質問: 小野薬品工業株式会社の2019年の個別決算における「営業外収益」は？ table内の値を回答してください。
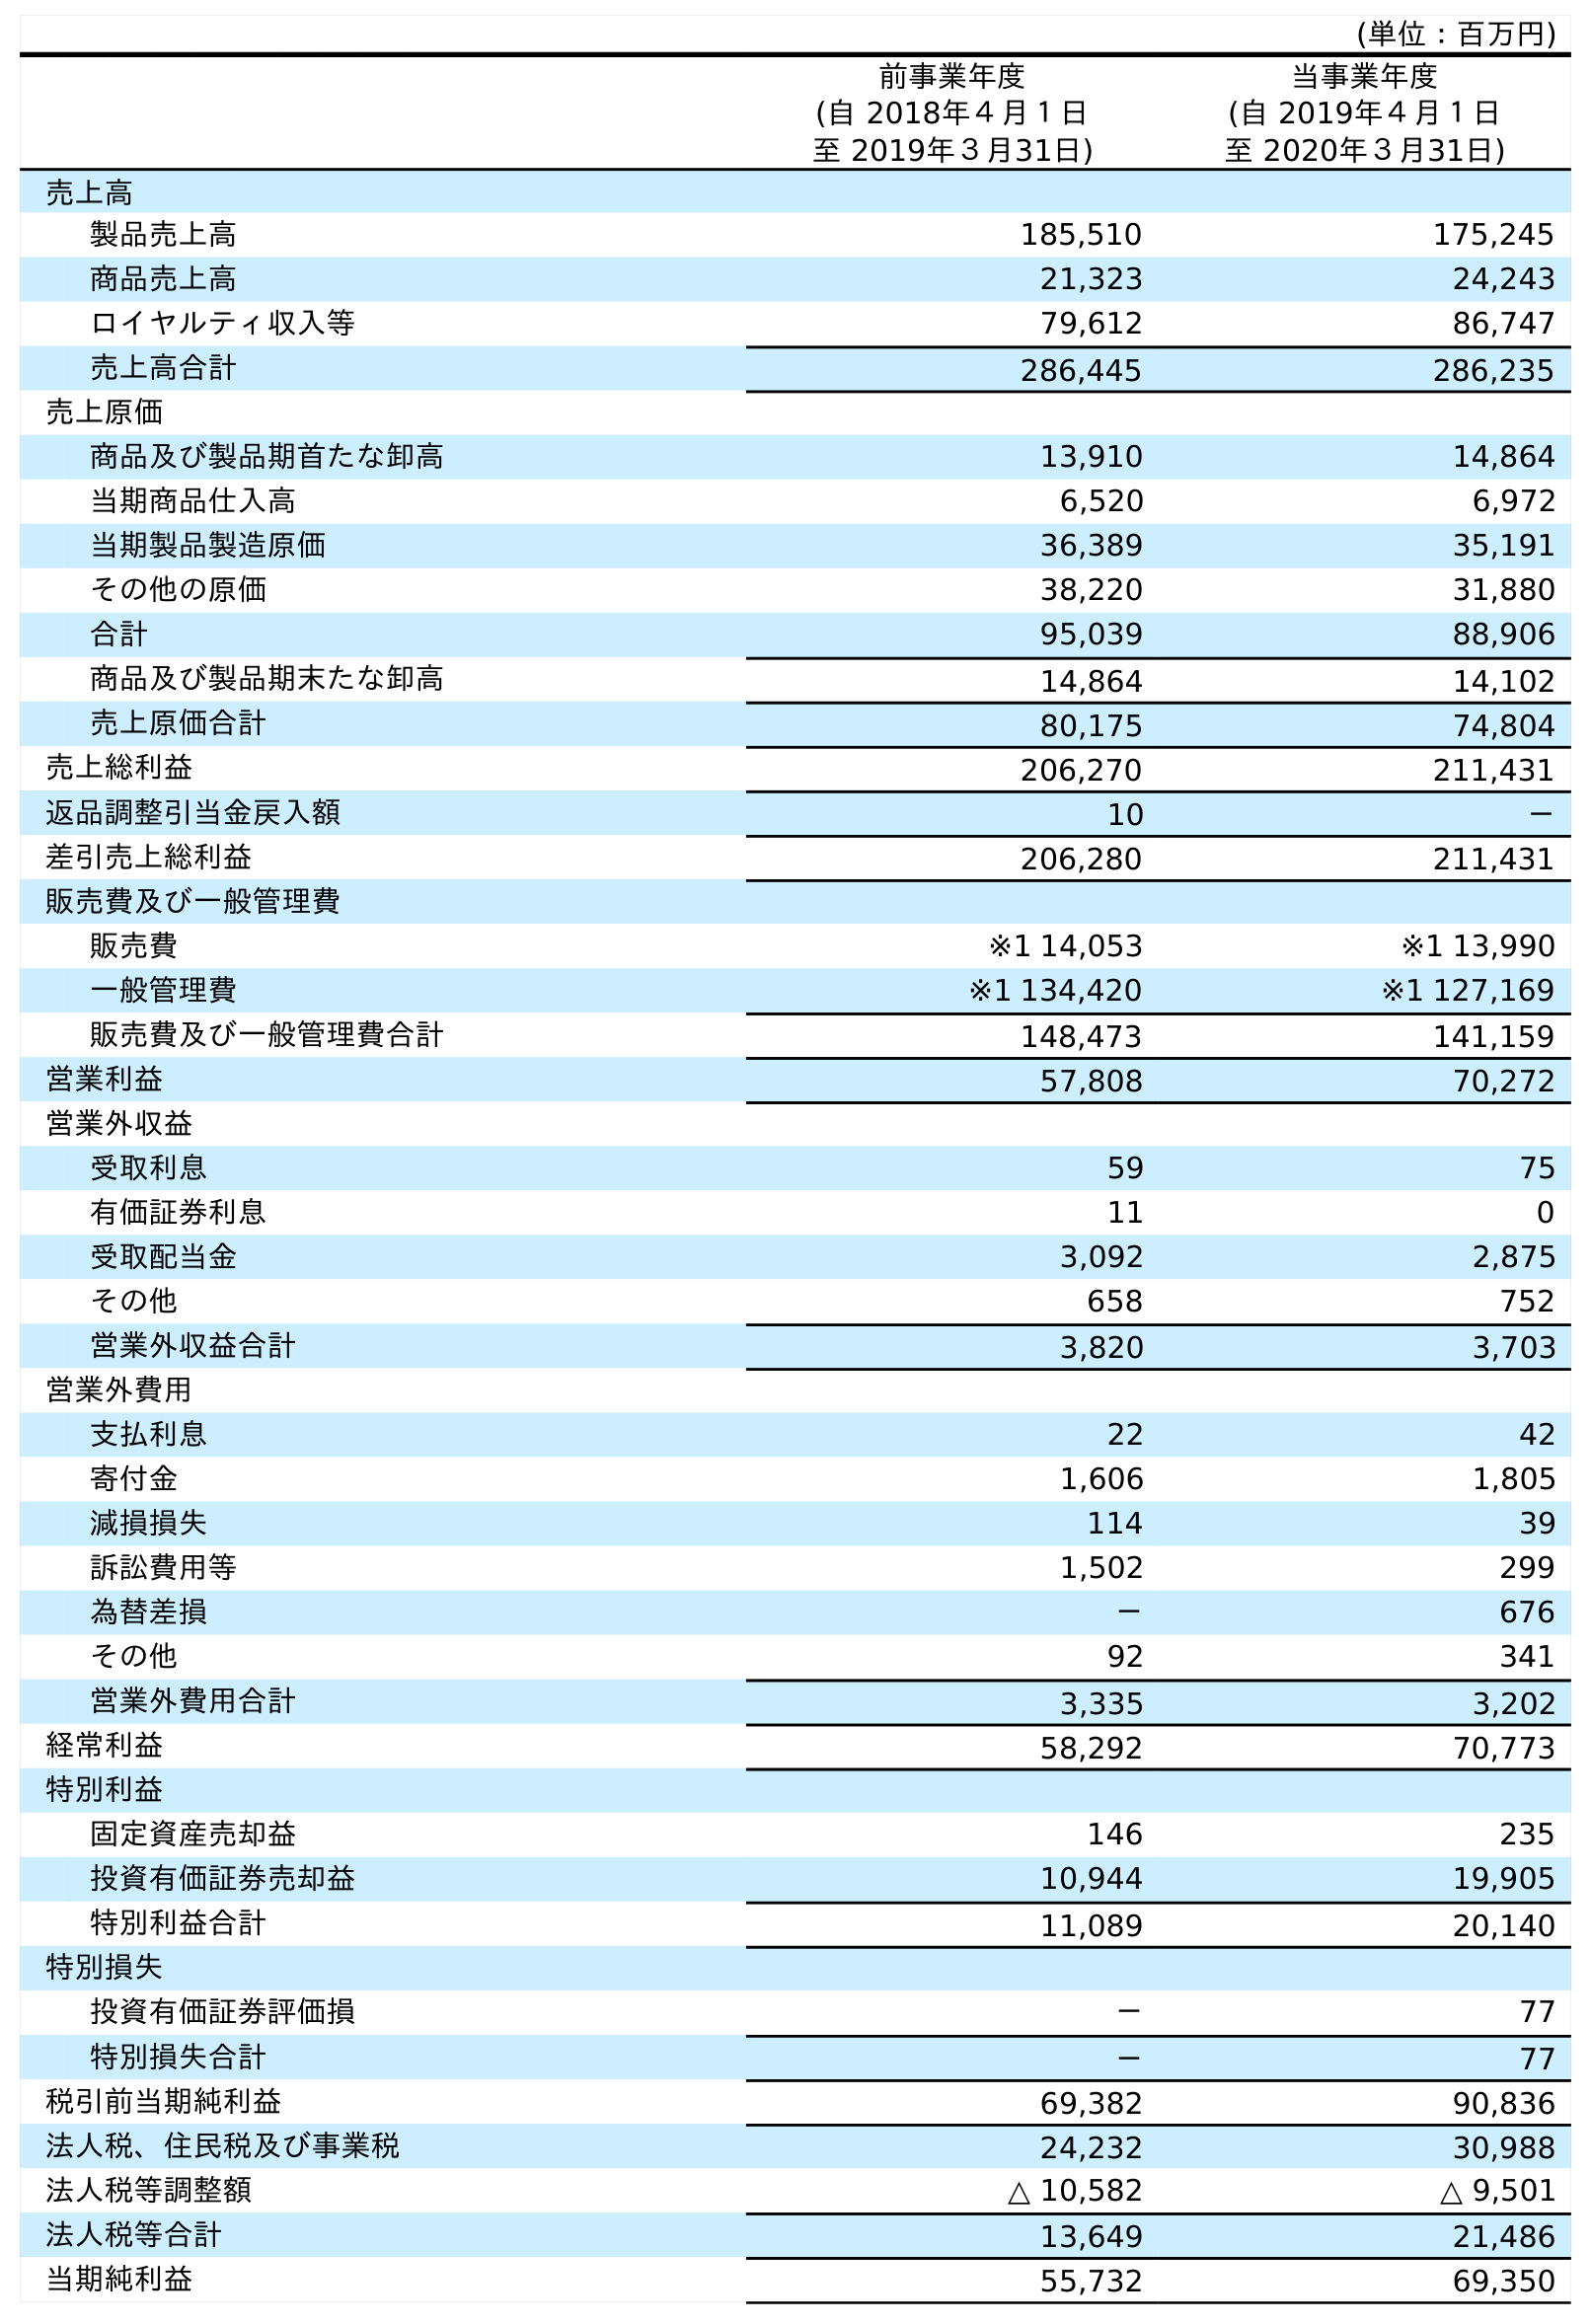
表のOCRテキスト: (単位：百万円) 前事業年度 (自 2018年４月１日 至 2019年３月31日) 当事業年度 (自 2019年４月１日 至 2020年３月31日) 売上高 製品売上高 185,510 175,245 商品売上高 21,323 24,243 ロイヤルティ収入等 79,612 86,747 売上高合計 286,445 286,235 売上原価 商品及び製品期首たな卸高 13,910 14,864 当期商品仕入高 6,520 6,972 当期製品製造原価 36,389 35,191 その他の原価 38,220 31,880 合計 95,039 88,906 商品及び製品期末たな卸高 14,864 14,102 売上原価合計 80,175 74,804 売上総利益 206,270 211,431 返品調整引当金戻入額 10 － 差引売上総利益 206,280 211,431 販売費及び一般管理費 販売費 ※1 14,053 ※1 13,990 一般管理費 ※1 134,420 ※1 127,169 販売費及び一般管理費合計 148,473 141,159 営業利益 57,808 70,272 営業外収益 受取利息 59 75 有価証券利息 11 0 受取配当金 3,092 2,875 その他 658 752 営業外収益合計 3,820 3,703 営業外費用 支払利息 22 42 寄付金 1,606 1,805 減損損失 114 39 訴訟費用等 1,502 299 為替差損 － 676 その他 92 341 営業外費用合計 3,335 3,202 経常利益 58,292 70,773 特別利益 固定資産売却益 146 235 投資有価証券売却益 10,944 19,905 特別利益合計 11,089 20,140 特別損失 投資有価証券評価損 － 77 特別損失合計 － 77 税引前当期純利益 69,382 90,836 法人税、住民税及び事業税 24,232 30,988 法人税等調整額 △ 10,582 △ 9,501 法人税等合計 13,649 21,486 当期純利益 55,732 69,350
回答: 3,820